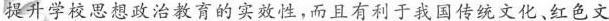
提升学校思想政治教育的实效性，而且有利于我国传统文化、红色文